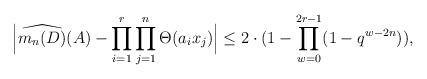
LaTeX: \begin{align*}& \Big| \widehat{m_n(D)} (A) - \prod_{i = 1}^r \prod_{j=1}^n \Theta (a_i x_j) \Big| \le 2 \cdot (1 - \prod_{w = 0}^{2r-1} (1 - q^{w-2n})), \end{align*}